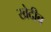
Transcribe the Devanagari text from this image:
खेदीब